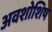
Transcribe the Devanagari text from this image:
अवशोशिष